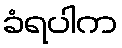
ခံရပါက